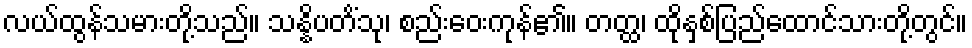
လယ်ထွန်သမားတို့သည်။ သန္နိပတိံသု၊ စည်းဝေးကုန်၏။ တတ္ထ၊ ထိုနှစ်ပြည်ထောင်သားတို့တွင်။